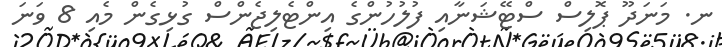
ނ. މަނަދޫ ޕޮލިސް ސްޓޭޝަނާއި ފުލުހުންގެ އިންޓެލިޖެންސް ގުޅިގެން މެއި 8 ވަނަ